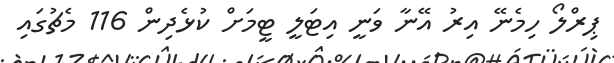
ޕިރްލޯ ހިމެނޭ އިރު އޭނާ ވަނީ އިޓަލީ ޓީމަށް ކުޅެދިން 116 މެޗުގައި